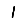
Digit: 1